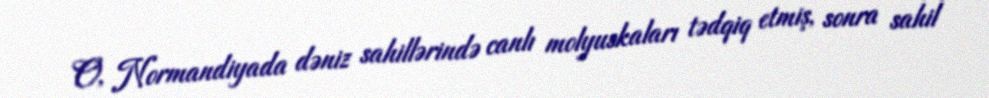
O, Normandiyada dəniz sahillərində canlı molyuskaları tədqiq etmiş, sonra sahil